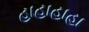
હાહાહાહા